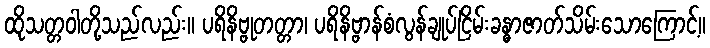
ထိုသတ္တဝါတို့သည်လည်း။ ပရိနိဗ္ဗုတတ္တာ၊ ပရိနိဗ္ဗာန်စံလွန်ချုပ်ငြိမ်းခန္ဓာဇာတ်သိမ်းသောကြောင့်။